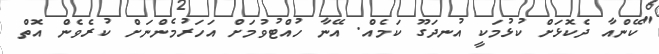
"ކޭންއާ ދެކޮޅަށް ކުޅުމަކީ އުނދަގޫ ކަމެއް. އޭނާ ހުއްޓުވުމަށް އަހަރުމެންނަށް ކުރެވެން އޮތް